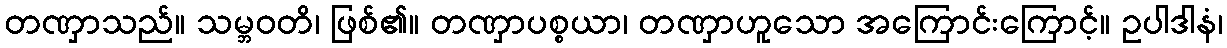
တဏှာသည်။ သမ္ဘဝတိ၊ ဖြစ်၏။ တဏှာပစ္စယာ၊ တဏှာဟူသော အကြောင်းကြောင့်။ ဥပါဒါနံ၊